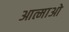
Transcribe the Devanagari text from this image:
आत्माओ